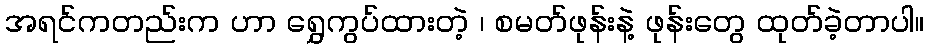
အရင်ကတည်းက ဟာ ရွှေကွပ်ထားတဲ့ ၊ စမတ်ဖုန်းနဲ့ ဖုန်းတွေ ထုတ်ခဲ့တာပါ။